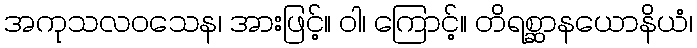
အကုသလဝသေန၊ အားဖြင့်။ ဝါ၊ ကြောင့်။ တိရစ္ဆာနယောနိယံ၊